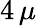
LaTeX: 4\, \mu